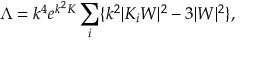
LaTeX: \Lambda = k ^ { 4 } e ^ { k ^ { 2 } K } \sum _ { i } \{ k ^ { 2 } | K _ { i } W | ^ { 2 } - 3 | W | ^ { 2 } \} ,